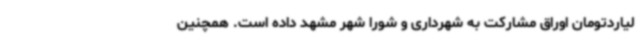
لیاردتومان اوراق مشارکت به شهرداری و شورا شهر مشهد داده است. همچنین